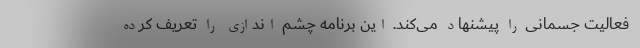
فعالیت جسمانی را پیشنهاد می‌کند. این برنامه چشم اندازی را تعریف کرده